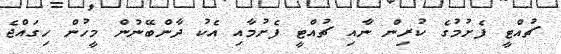
ޗުއްޓީ ފެށުމުގެ ކުރިން ނާއި ޗުއްޓީ ފެށުމާއި އެކު ދާންބޭނުން މީހުން ހިގައްޖެ